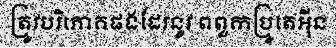
ត្រូវបរិភោគផងដែរនូវ ពពួកប្រូតេអ៊ីន